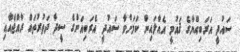
ސައުދީ އަރަބިއްޔާގެ ޤައުމީ އެއާލައިން ކަމަށްވާ ސައުދީ އެރަބިއަންގެ ސީދާ ދަތުރުތައް ރާއްޖެއާއި